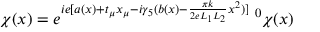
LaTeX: \chi ( x ) = e ^ { i e [ a ( x ) + t _ { \mu } x _ { \mu } - i \gamma _ { 5 } ( b ( x ) - \frac { \pi k } { 2 e L _ { 1 } L _ { 2 } } x ^ { 2 } ) ] } \; ^ { 0 } \chi ( x )